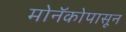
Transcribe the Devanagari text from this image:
मोनॅकोपासून